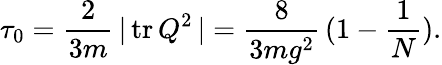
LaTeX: \tau_{0}=\frac{2}{3m}\, \vert\, \mathrm{tr}\, Q^{2}\, \vert=\frac{8}{3mg^{2}}\, (1-\frac{1}{N}).